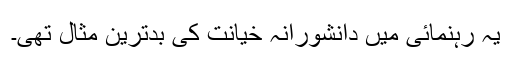
یہ رہنمائی میں دانشورانہ خیانت کی بدترین مثال تھی۔